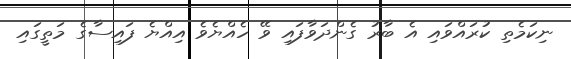
ނިކަމެތި ކުރައްވައި އެ ބާރު ގެންދަވާފައި ވޭ ހެއްޔެވެ އިއްޔެ ފައިސާގެ މަތީގައި